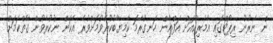
ން ނެރުނު ރިޕޯޓްގައި އެމެރިކާއަށް އަފްޣާން ހަނގުރާމަ ކާމިޔާބުކުރެވުމަށްވުރެ އެކަން ނުކުރެވުން ގާތްކަމަށް